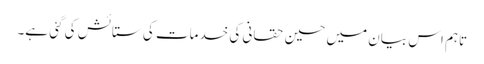
تاہم اس بیان میں حسین حقانی کی خدمات کی ستائش کی گئی ہے۔